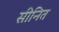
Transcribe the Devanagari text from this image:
सीनित